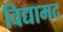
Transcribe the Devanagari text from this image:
विद्यामद